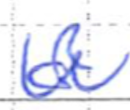
Text: of
Cross-out: zig-zag
Writing tool: ballpoint